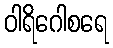
ဝါရိဂေါစရေ